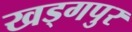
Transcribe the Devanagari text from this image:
खड्‍गपुर